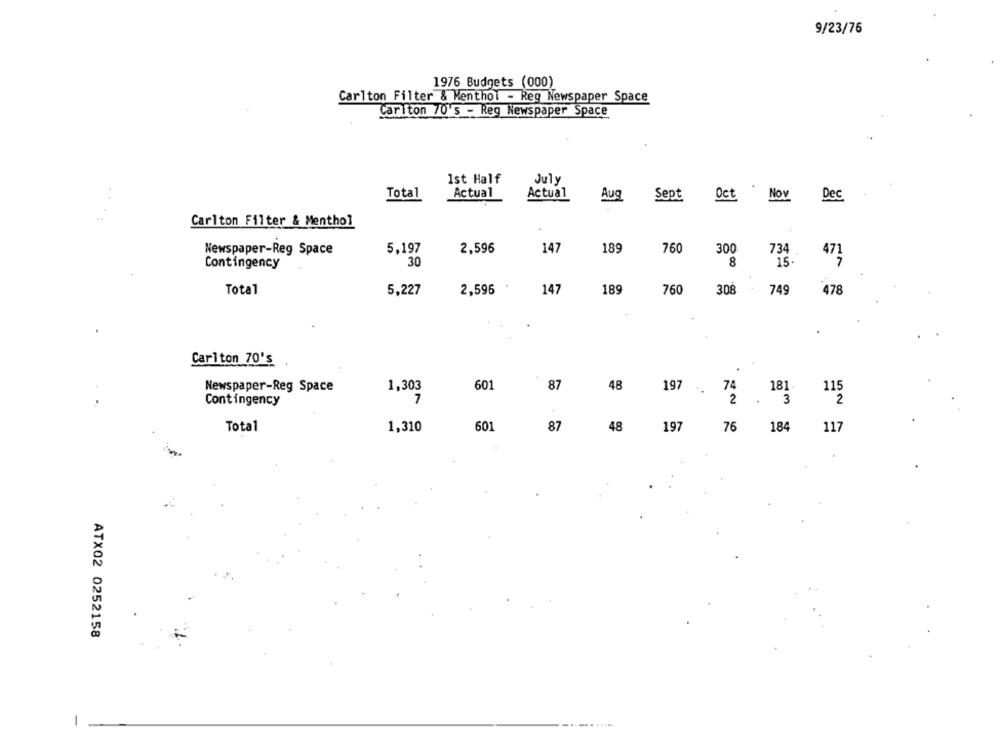
9/23/76
1976 Budgets (000)
Carlton Filter & Menthol - Reg Newspaper Space
Carlton 70's - Reg Newspaper Space
Ist Half
July
. .
Total
Actual
Actual
Aug
Sept Oct
Nov
De
Carlton Filter & Menthol
189
Newspaper-Reg Space
5.197
2,596
147
760
300
734
471
30
8
15.
Contingency
Total
5,227
2,596
147
189
760
308
749
478
Carlton 70's
Newspaper-Reg Space
1,303
601
87
48
197 .
74
181.
115
Contingency
7
2
. 3
2
Total
1,310
601
87
48
197
76
184
117
ATX02 0252158
-